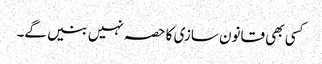
کسی بھی قانون سازی کا حصہ نہیں بنیں گے۔